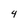
Character: 4